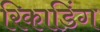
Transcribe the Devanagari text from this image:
रिकाडिंग